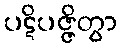
ပဋိပဇ္ဇိတွာ